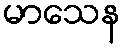
မာသေန